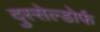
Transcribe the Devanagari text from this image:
दुस्सेल्डोर्फ